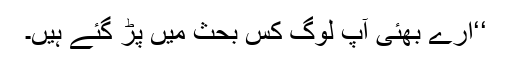
‘‘ارے بھئی آپ لوگ کس بحث میں پڑ گئے ہیں۔